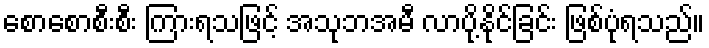
စောစောစီးစီး ကြားရသဖြင့် အသုဘအမီ လာပို့နိုင်ခြင်း ဖြစ်ပုံရသည်။